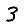
Digit: 3